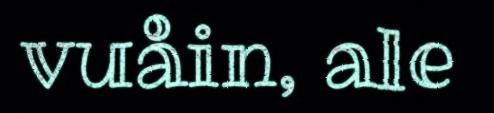
vuåin, ale